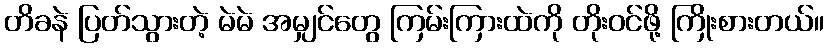
တိခနဲ ပြတ်သွားတဲ့ မဲမဲ အမျှင်တွေ ကြမ်းကြားထဲကို တိုးဝင်ဖို့ ကြိုးစားတယ်။